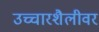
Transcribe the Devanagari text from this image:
उच्चारशैलीवर